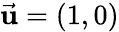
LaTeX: \vec{\mathbf u}=(1,0)